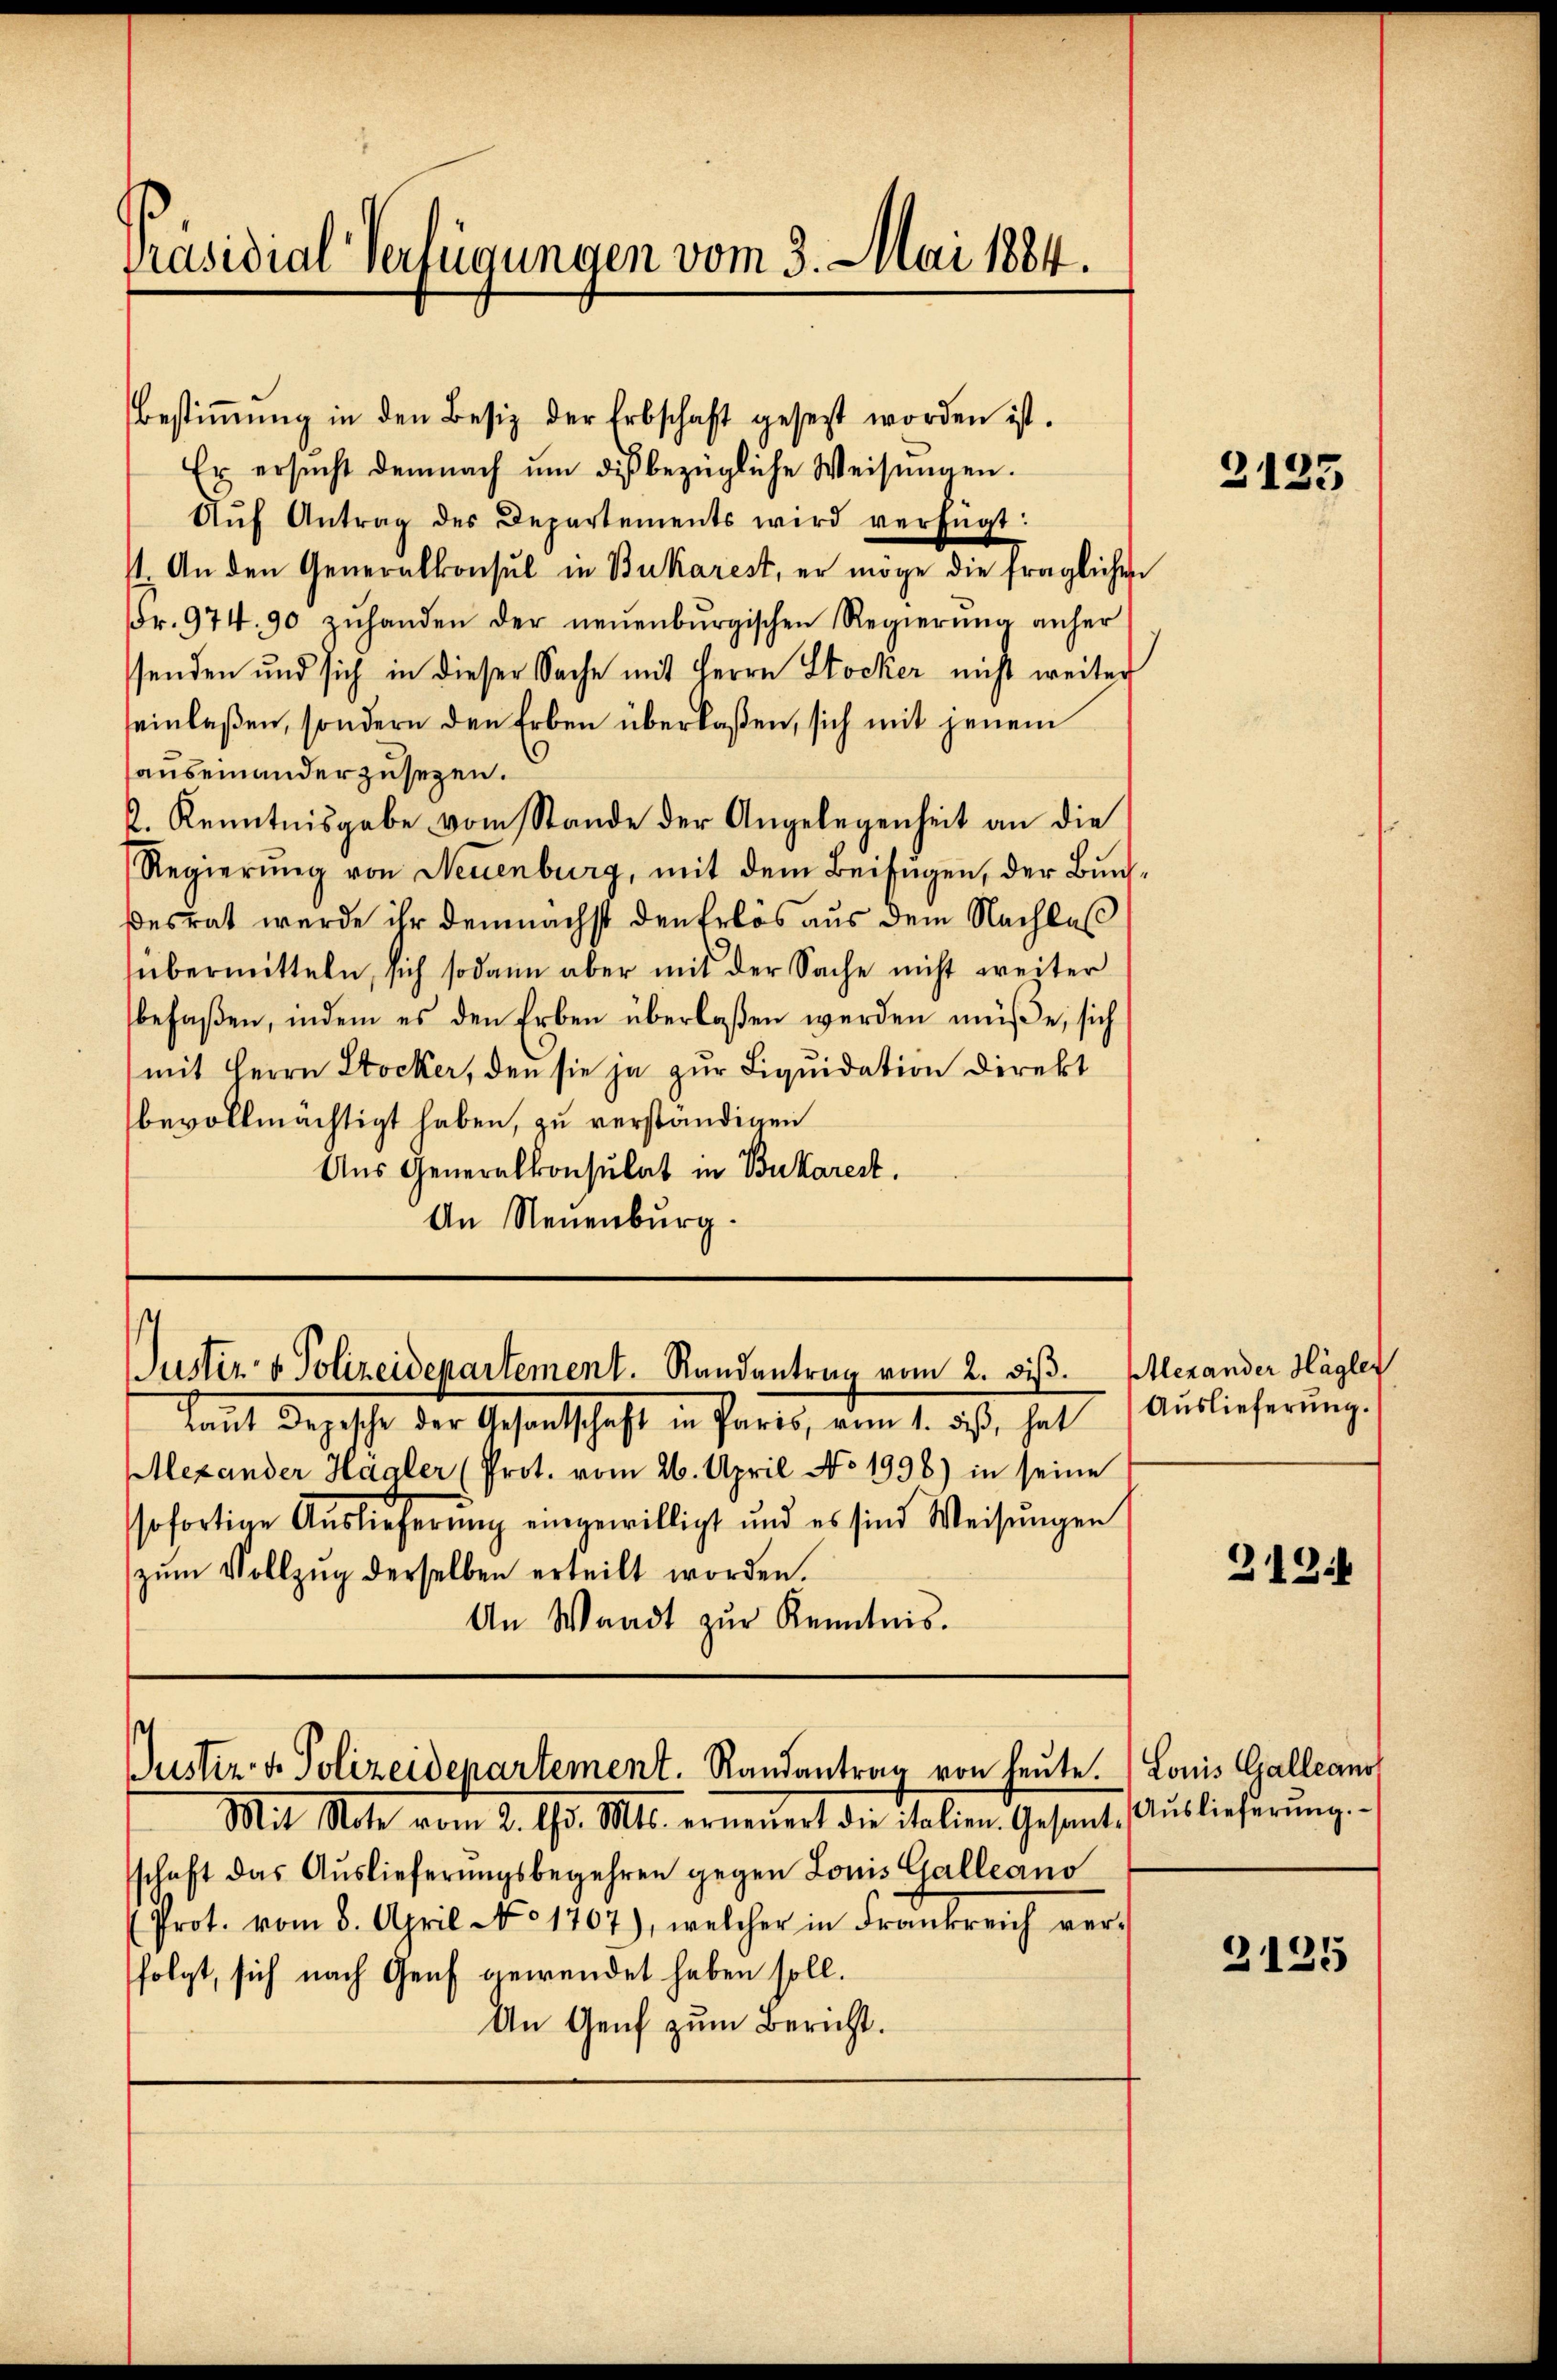
Präsidial-Verfügungen vom 3. Mai 1884.

Bestiṁŭng in den Besiz der Erbschaft gesetzt worden ist.
Er ersucht demnach um dis bezügliche Weisungen.
Aŭf Antrag des Departements wird verfügt:
11 An den Generalkonsul in Bukarest, er möge die fraglichen
Fr. 974. 90 zŭhanden der neŭenbŭrgischen Regierŭng anher
senden und sich in dieser Sache mit Herrn Stocker nicht weiter
einlaßen, sondern den Erben überlaßen, sich mit jenem
auseinanderzusezen.
2. Kenntnisgabe vom Stande der Angelegenheit an die
Regierung von Neuenburg, mit dem Beifügen, der Buchdesrat wurde ihr demnächst den Erlös aus dem Nachlas
übermitteln, sich sodann aber mit der Sache nicht weiter
befaßen, indem es den Erben überlassen werden müße, sich
mit Herrn Stocker, den sie ja zur Liquidation direkt
bevollmächtigt haben, zu verständigen
Aus Generalkonsulat in Bukarest.
An Neuenburg.

Justiz- & Polizeidepartement. Randantrag vom 2. diß. Alexander Hagler

damit dergesehe der Gesandtschaft in Parts, am 1. das, hat
Alexander Hägler (Prot. vom 26. April No 1996) in seine
sofortige Auslieferung eingewilligt und es sind Weisŭngen
zŭm Vollzŭg derselben erteilt worden.
An Waadt zur Kenntnis.

Mit Note vom 2. d. Mts. erneuert die italien. Gesant. Auslieferŭng.-
schaft das Aŭslieferŭngsbegehren gegen Louis Galleano
(Prot. vom 8. April No 1707), welcher in Frankreich ver-
folgt, sich nach Genf gewendet haben soll.
An Genf zum Bericht.

Justiz- & Polizeidenartement. Randantrag von heute. Louis Galleans

2125

Auslieferung.

213

2125